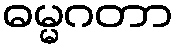
ဓမ္မဂတာ